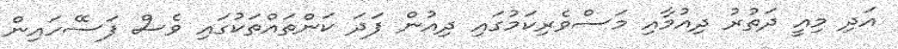
އަދި މިއީ ދަތުރު ދިއުމާއި މަސްވެރިކަމުގައި ދިއުން ފަދަ ކަންތައްތަކުގައި ވެސް ފަސޭހައިން